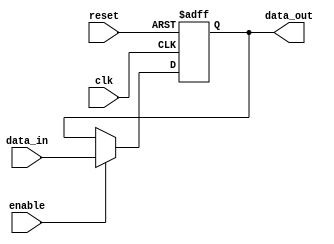
module rc_delay (
    input wire clk,
    input wire reset,
    input wire enable,
    input wire [7:0] data_in,
    output wire [7:0] data_out
);

reg [7:0] delayed_data;

always @(posedge clk or posedge reset) begin
    if (reset) begin
        delayed_data <= 8'b0;
    end else if (enable) begin
        #1 delayed_data <= data_in; // Introduce delay of one time unit
    end
end

assign data_out = delayed_data;

endmodule